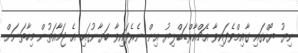
ނިޔު ޔޯކްގައި ގާއިމްވެފައިވާ އެޗްއާރްޑަބްލިޔު އިން ނެރެފައިވާ ބަޔާނުގައި އެ ޖަމާއަތުން މިހާތަނަށް